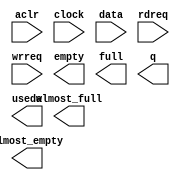
// megafunction wizard: %FIFO%VBB%
// GENERATION: STANDARD
// VERSION: WM1.0
// MODULE: scfifo 

// ============================================================
// Megafunction Name(s):
// 			scfifo
//
// Simulation Library Files(s):
// 			altera_mf
// ============================================================
// ************************************************************
// THIS IS A WIZARD-GENERATED FILE. DO NOT EDIT THIS FILE!
//
// 14.1.1 Build 190 01/19/2015 SJ Full Version
// ************************************************************

//Copyright (C) 1991-2015 Altera Corporation. All rights reserved.
//Your use of Altera Corporation's design tools, logic functions 
//and other software and tools, and its AMPP partner logic 
//functions, and any output files from any of the foregoing 
//(including device programming or simulation files), and any 
//associated documentation or information are expressly subject 
//to the terms and conditions of the Altera Program License 
//Subscription Agreement, the Altera Quartus II License Agreement,
//the Altera MegaCore Function License Agreement, or other 
//applicable license agreement, including, without limitation, 
//that your use is for the sole purpose of programming logic 
//devices manufactured by Altera and sold by Altera or its 
//authorized distributors.  Please refer to the applicable 
//agreement for further details.

module fifo_single_clock_megacore (
	aclr,
	clock,
	data,
	rdreq,
	wrreq,
	almost_empty,
	almost_full,
	empty,
	full,
	q,
	usedw);

	input	  aclr;
	input	  clock;
	input	[7:0]  data;
	input	  rdreq;
	input	  wrreq;
	output	  almost_empty;
	output	  almost_full;
	output	  empty;
	output	  full;
	output	[7:0]  q;
	output	[9:0]  usedw;

endmodule

// ============================================================
// CNX file retrieval info
// ============================================================
// Retrieval info: PRIVATE: AlmostEmpty NUMERIC "1"
// Retrieval info: PRIVATE: AlmostEmptyThr NUMERIC "2"
// Retrieval info: PRIVATE: AlmostFull NUMERIC "1"
// Retrieval info: PRIVATE: AlmostFullThr NUMERIC "1022"
// Retrieval info: PRIVATE: CLOCKS_ARE_SYNCHRONIZED NUMERIC "1"
// Retrieval info: PRIVATE: Clock NUMERIC "0"
// Retrieval info: PRIVATE: Depth NUMERIC "1024"
// Retrieval info: PRIVATE: Empty NUMERIC "1"
// Retrieval info: PRIVATE: Full NUMERIC "1"
// Retrieval info: PRIVATE: INTENDED_DEVICE_FAMILY STRING "Stratix IV"
// Retrieval info: PRIVATE: LE_BasedFIFO NUMERIC "0"
// Retrieval info: PRIVATE: LegacyRREQ NUMERIC "0"
// Retrieval info: PRIVATE: MAX_DEPTH_BY_9 NUMERIC "0"
// Retrieval info: PRIVATE: OVERFLOW_CHECKING NUMERIC "0"
// Retrieval info: PRIVATE: Optimize NUMERIC "1"
// Retrieval info: PRIVATE: RAM_BLOCK_TYPE NUMERIC "0"
// Retrieval info: PRIVATE: SYNTH_WRAPPER_GEN_POSTFIX STRING "0"
// Retrieval info: PRIVATE: UNDERFLOW_CHECKING NUMERIC "0"
// Retrieval info: PRIVATE: UsedW NUMERIC "1"
// Retrieval info: PRIVATE: Width NUMERIC "8"
// Retrieval info: PRIVATE: dc_aclr NUMERIC "0"
// Retrieval info: PRIVATE: diff_widths NUMERIC "0"
// Retrieval info: PRIVATE: msb_usedw NUMERIC "0"
// Retrieval info: PRIVATE: output_width NUMERIC "8"
// Retrieval info: PRIVATE: rsEmpty NUMERIC "1"
// Retrieval info: PRIVATE: rsFull NUMERIC "0"
// Retrieval info: PRIVATE: rsUsedW NUMERIC "0"
// Retrieval info: PRIVATE: sc_aclr NUMERIC "1"
// Retrieval info: PRIVATE: sc_sclr NUMERIC "0"
// Retrieval info: PRIVATE: wsEmpty NUMERIC "0"
// Retrieval info: PRIVATE: wsFull NUMERIC "1"
// Retrieval info: PRIVATE: wsUsedW NUMERIC "0"
// Retrieval info: LIBRARY: altera_mf altera_mf.altera_mf_components.all
// Retrieval info: CONSTANT: ADD_RAM_OUTPUT_REGISTER STRING "ON"
// Retrieval info: CONSTANT: ALMOST_EMPTY_VALUE NUMERIC "2"
// Retrieval info: CONSTANT: ALMOST_FULL_VALUE NUMERIC "1022"
// Retrieval info: CONSTANT: INTENDED_DEVICE_FAMILY STRING "Stratix IV"
// Retrieval info: CONSTANT: LPM_NUMWORDS NUMERIC "1024"
// Retrieval info: CONSTANT: LPM_SHOWAHEAD STRING "ON"
// Retrieval info: CONSTANT: LPM_TYPE STRING "scfifo"
// Retrieval info: CONSTANT: LPM_WIDTH NUMERIC "8"
// Retrieval info: CONSTANT: LPM_WIDTHU NUMERIC "10"
// Retrieval info: CONSTANT: OVERFLOW_CHECKING STRING "ON"
// Retrieval info: CONSTANT: UNDERFLOW_CHECKING STRING "ON"
// Retrieval info: CONSTANT: USE_EAB STRING "ON"
// Retrieval info: USED_PORT: aclr 0 0 0 0 INPUT NODEFVAL "aclr"
// Retrieval info: USED_PORT: almost_empty 0 0 0 0 OUTPUT NODEFVAL "almost_empty"
// Retrieval info: USED_PORT: almost_full 0 0 0 0 OUTPUT NODEFVAL "almost_full"
// Retrieval info: USED_PORT: clock 0 0 0 0 INPUT NODEFVAL "clock"
// Retrieval info: USED_PORT: data 0 0 8 0 INPUT NODEFVAL "data[7..0]"
// Retrieval info: USED_PORT: empty 0 0 0 0 OUTPUT NODEFVAL "empty"
// Retrieval info: USED_PORT: full 0 0 0 0 OUTPUT NODEFVAL "full"
// Retrieval info: USED_PORT: q 0 0 8 0 OUTPUT NODEFVAL "q[7..0]"
// Retrieval info: USED_PORT: rdreq 0 0 0 0 INPUT NODEFVAL "rdreq"
// Retrieval info: USED_PORT: usedw 0 0 10 0 OUTPUT NODEFVAL "usedw[9..0]"
// Retrieval info: USED_PORT: wrreq 0 0 0 0 INPUT NODEFVAL "wrreq"
// Retrieval info: CONNECT: @aclr 0 0 0 0 aclr 0 0 0 0
// Retrieval info: CONNECT: @clock 0 0 0 0 clock 0 0 0 0
// Retrieval info: CONNECT: @data 0 0 8 0 data 0 0 8 0
// Retrieval info: CONNECT: @rdreq 0 0 0 0 rdreq 0 0 0 0
// Retrieval info: CONNECT: @wrreq 0 0 0 0 wrreq 0 0 0 0
// Retrieval info: CONNECT: almost_empty 0 0 0 0 @almost_empty 0 0 0 0
// Retrieval info: CONNECT: almost_full 0 0 0 0 @almost_full 0 0 0 0
// Retrieval info: CONNECT: empty 0 0 0 0 @empty 0 0 0 0
// Retrieval info: CONNECT: full 0 0 0 0 @full 0 0 0 0
// Retrieval info: CONNECT: q 0 0 8 0 @q 0 0 8 0
// Retrieval info: CONNECT: usedw 0 0 10 0 @usedw 0 0 10 0
// Retrieval info: GEN_FILE: TYPE_NORMAL fifo_single_clock_megacore.v TRUE
// Retrieval info: GEN_FILE: TYPE_NORMAL fifo_single_clock_megacore.inc TRUE
// Retrieval info: GEN_FILE: TYPE_NORMAL fifo_single_clock_megacore.cmp TRUE
// Retrieval info: GEN_FILE: TYPE_NORMAL fifo_single_clock_megacore.bsf TRUE
// Retrieval info: GEN_FILE: TYPE_NORMAL fifo_single_clock_megacore_inst.v TRUE
// Retrieval info: GEN_FILE: TYPE_NORMAL fifo_single_clock_megacore_bb.v TRUE
// Retrieval info: LIB_FILE: altera_mf